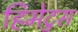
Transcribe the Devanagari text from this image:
हिमेटुस